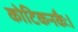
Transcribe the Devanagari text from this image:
कोटिकनकैः।